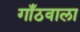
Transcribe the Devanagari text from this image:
गाँठवाला